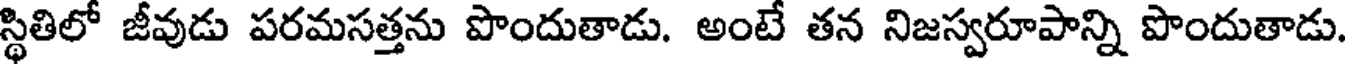
స్థితిలో జీవుడు పరమసత్తను పొందుతాడు. అంటే తన నిజస్వరూపాన్ని పొందుతాడు.